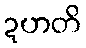
ဍဟတိ